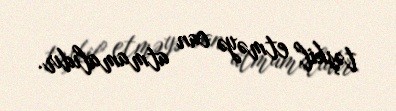
təşkil etməyə can atmamalıdır.